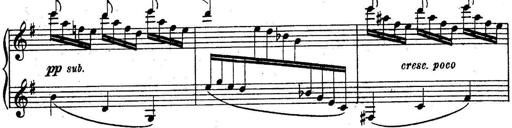
Title: Sonatine
Composer: Adrian Shaposhnikov
Key: E minor